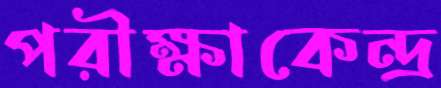
পরীক্ষাকেন্দ্র